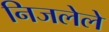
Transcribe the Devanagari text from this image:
निजलेले